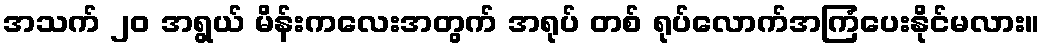
အသက် ၂၀ အရွယ် မိန်းကလေးအတွက် အရုပ် တစ် ရုပ်လောက်အကြံပေးနိုင်မလား။